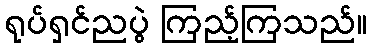
ရုပ်ရှင်ညပွဲ ကြည့်ကြသည်။